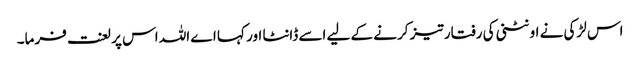
اس لڑکی نے اونٹنی کی رفتار تیز کرنے کے لیے اسے ڈانٹا اور کہا اے اللہ اس پر لعنت فرما۔